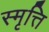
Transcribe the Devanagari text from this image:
स्मृत्ति